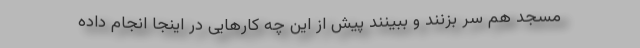
مسجد هم سر بزنند و ببینند پیش از این چه کارهایی در اینجا انجام داده